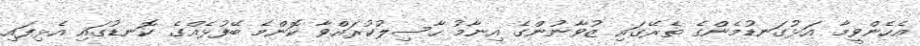
އެހެންވީމާ އަޅުގަނޑުމެންގެ ތެރޭގައި ޒުވާނުންގެ އިނާމު ހާސިލުކުރައްވާ ކޮންމެ ބޭފުޅެއްގެ ކޮނޑުގައި އެޅިފައި